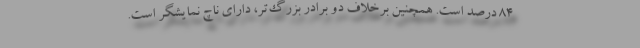
84 درصد است. همچنین برخلاف دو برادر بزرگ‌تر، دارای ناچ نمایشگر است.